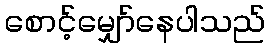
စောင့်မျှော်နေပါသည်